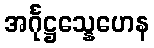
အင်္ဂုဋ္ဌသ္နေဟေန